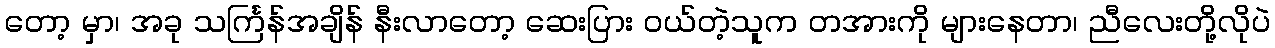
တော့ မှာ၊ အခု သင်္ကြန်အချိန် နီးလာတော့ ဆေးပြား ဝယ်တဲ့သူက တအားကို များနေတာ၊ ညီလေးတို့လိုပဲ